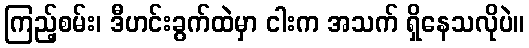
ကြည့်စမ်း၊ ဒီဟင်းခွက်ထဲမှာ ငါးက အသက် ရှိနေသလိုပဲ။